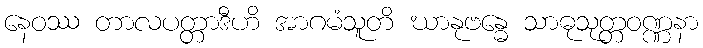
နေဝဿ တာလပတ္တာဒီဟိ အာဂမံသူတိ ဃာနုဗန္ဓေ သာဓုသုတ္တဝဏ္ဏနာ